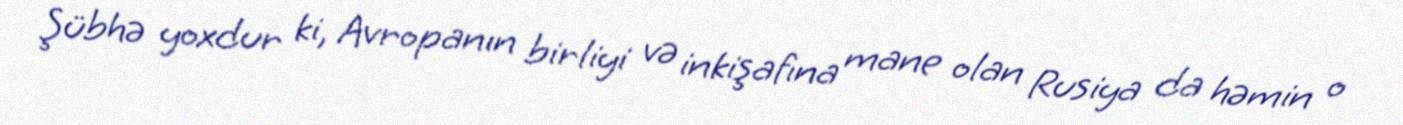
Şübhə yoxdur ki, Avropanın birliyi və inkişafına mane olan Rusiya da həmin o